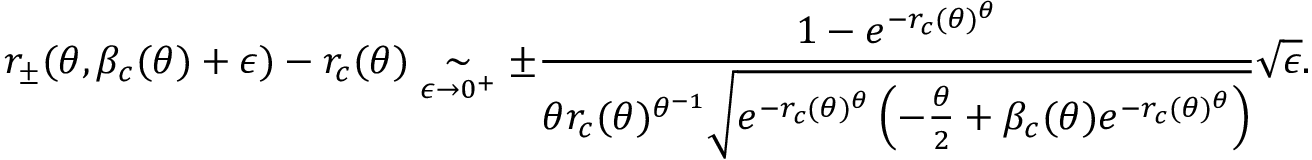
r _ { \pm } ( \theta , \beta _ { c } ( \theta ) + \epsilon ) - r _ { c } ( \theta ) \underset { \epsilon \to 0 ^ { + } } { \sim } \pm \frac { 1 - e ^ { - r _ { c } ( \theta ) ^ { \theta } } } { \theta r _ { c } ( \theta ) ^ { \theta ^ { - 1 } } \sqrt { e ^ { - r _ { c } ( \theta ) ^ { \theta } } \left( - \frac { \theta } { 2 } + \beta _ { c } ( \theta ) e ^ { - r _ { c } ( \theta ) ^ { \theta } } \right) } } \sqrt { \epsilon } .